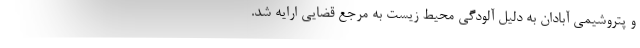
و پتروشیمی آبادان به دلیل آلودگی محیط زیست به مرجع قضایی ارایه شد.